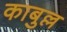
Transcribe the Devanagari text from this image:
काबुल्ल